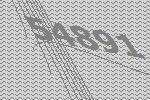
54891